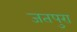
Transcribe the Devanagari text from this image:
जतपुरा